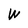
Character: W